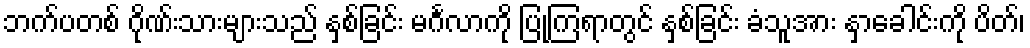
ဘက်ပတစ် ဂိုဏ်းသားများသည် နှစ်ခြင်း မင်္ဂလာကို ပြုကြရာတွင် နှစ်ခြင်း ခံသူအား နှာခေါင်းကို ပိတ်၊